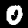
Digit: 0